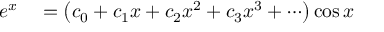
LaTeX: \begin{array} { r l } { e ^ { x } } & { { } = \left( c _ { 0 } + c _ { 1 } x + c _ { 2 } x ^ { 2 } + c _ { 3 } x ^ { 3 } + \cdots \right) \cos x } \end{array}